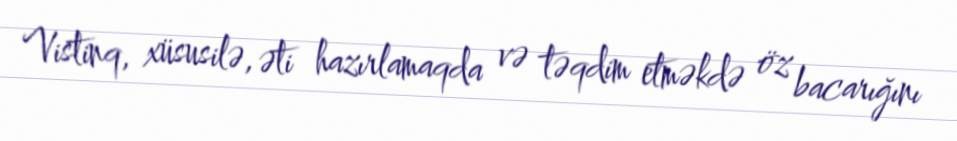
Vistinq, xüsusilə, əti hazırlamaqda və təqdim etməkdə öz bacarığını